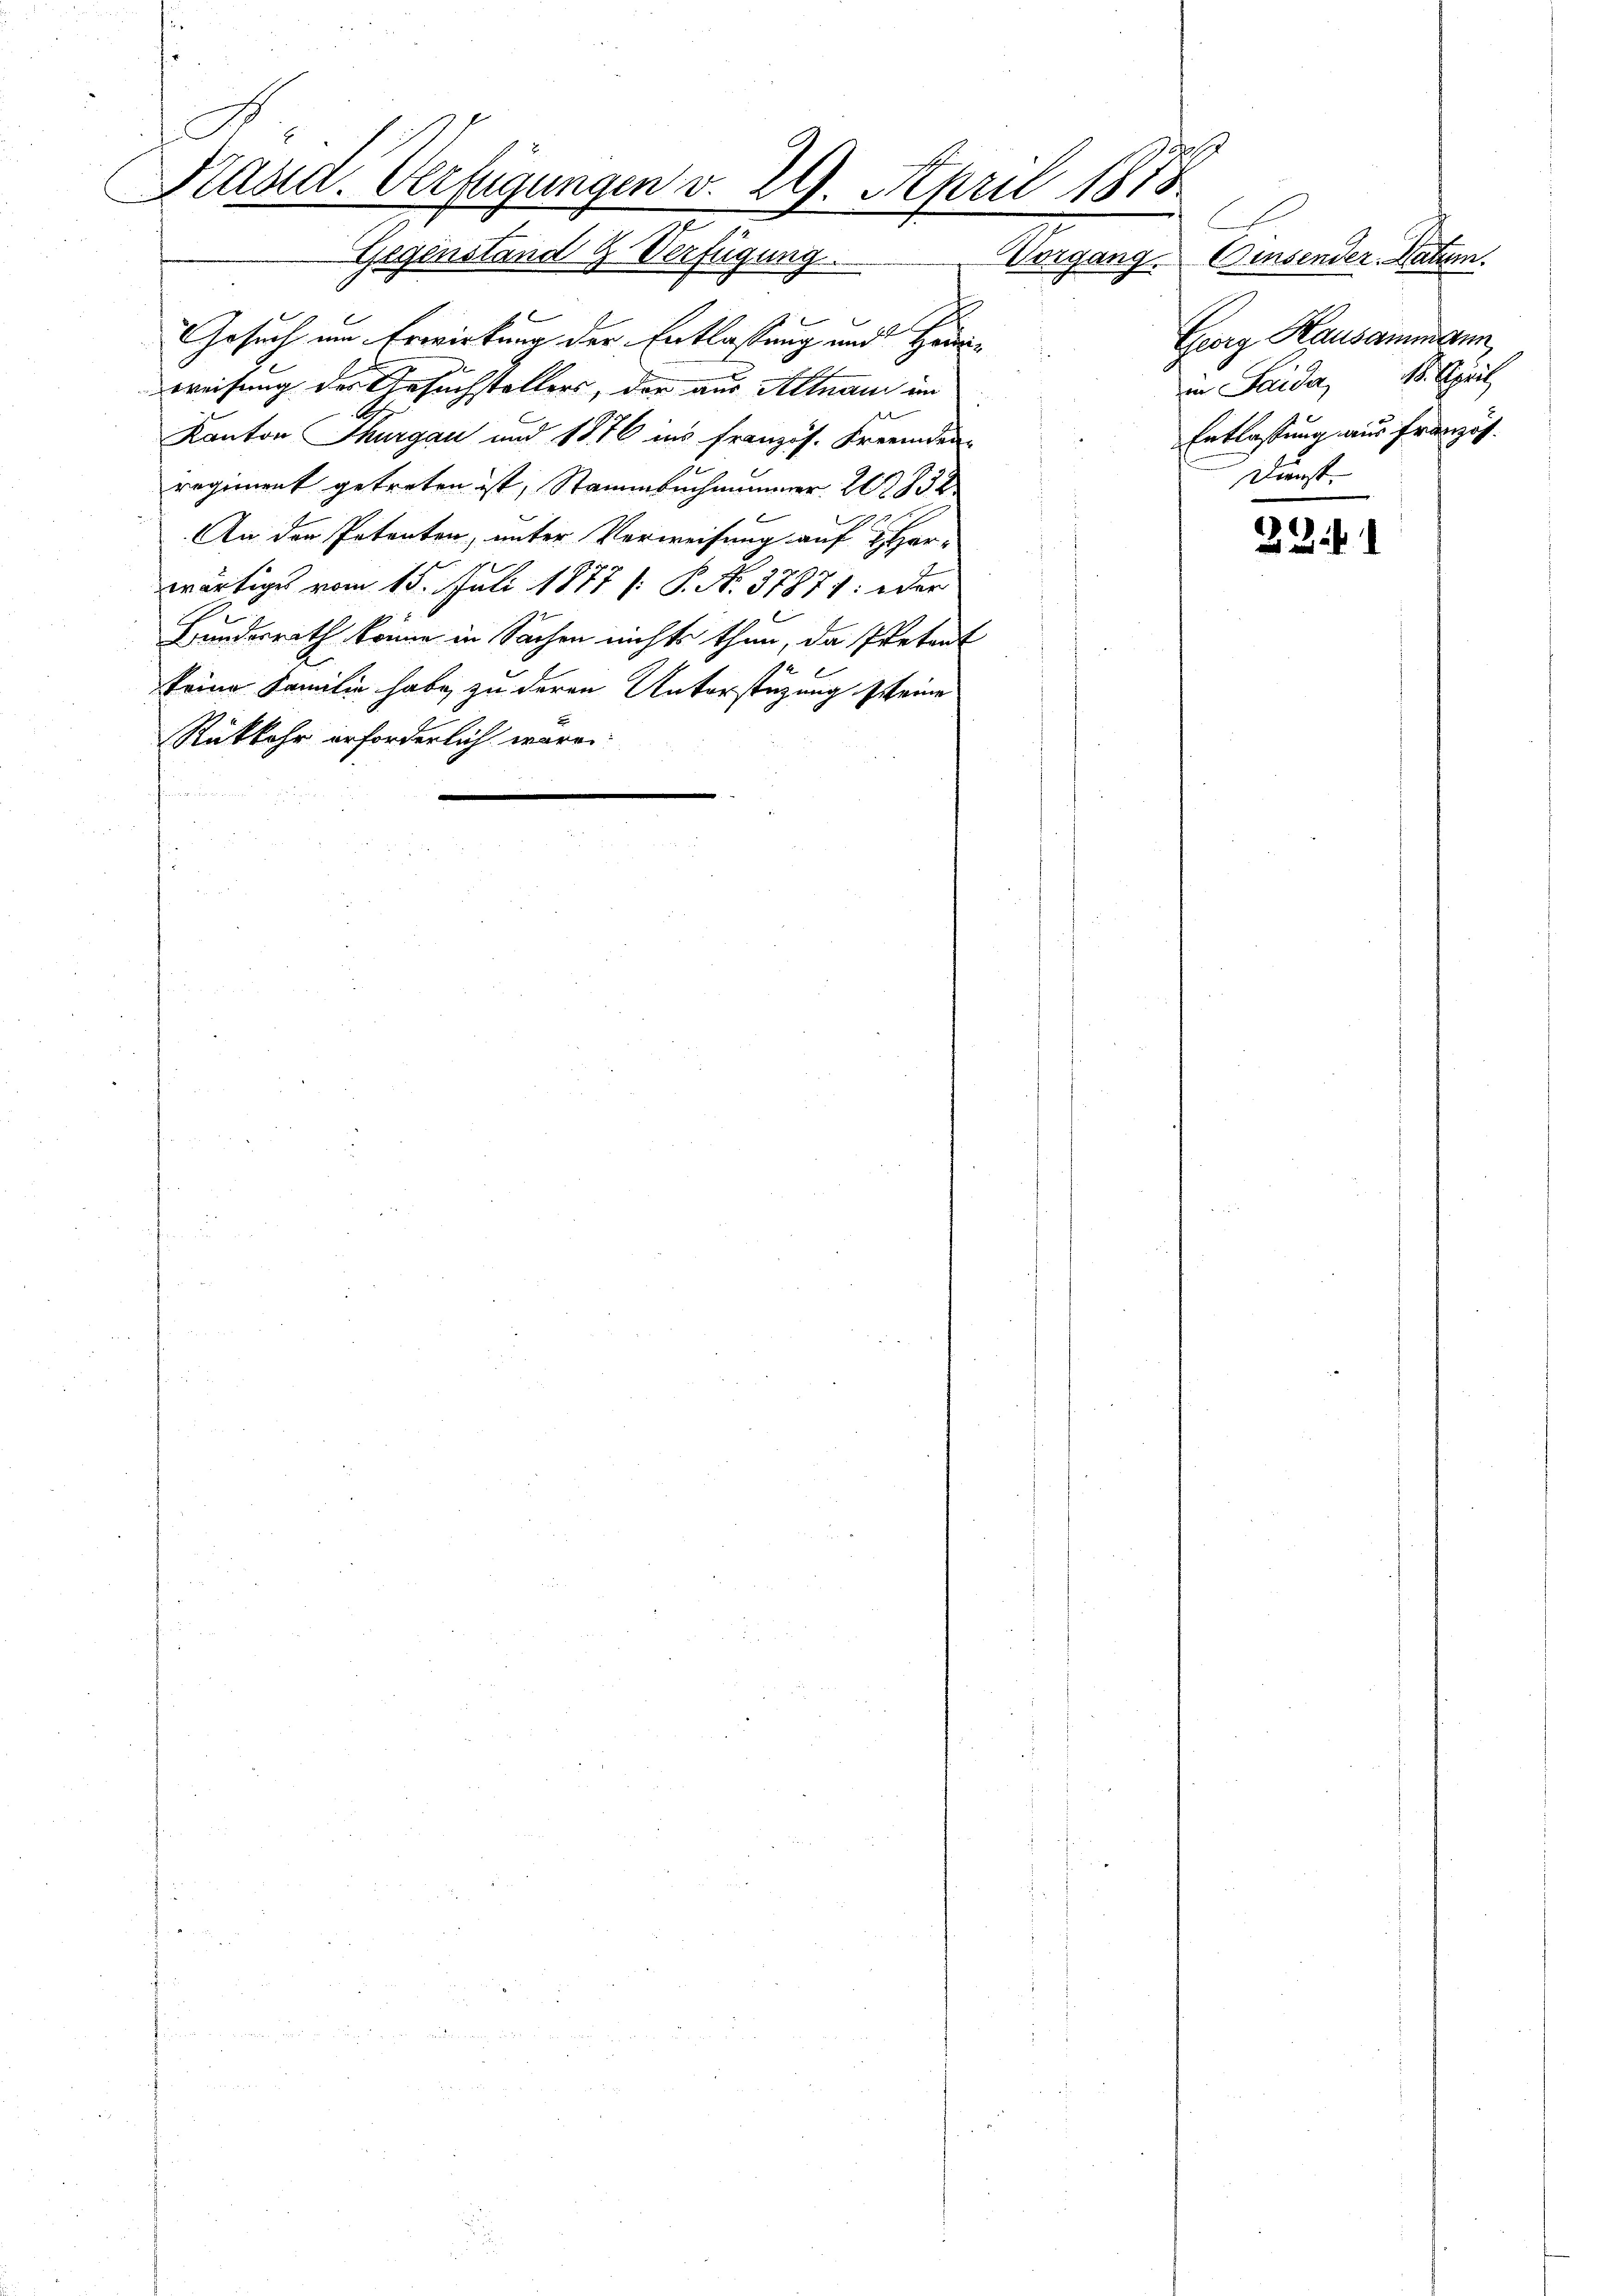
E
Stand. Verfügungen v. 29. April 1875
Gegenstand & Verfügung. Vorgang. Einsender Natum

.
Gesuch um Erwirkung der Entlassung und Heinweisung der Gesuchstellers, der aus Altnau im
Kanton Thurgau und 1876 ins Französ. Fremden
2
regiment getreten ist, Stammbachnammer 1832
An der Potenten, unter Verweisung auf Her-
 107
wärtiges vom 15. Juli 1811 [ P. No. 37871: oder
Bundesrath könne in Sachen nichts thun, da Pretirt
keine Familie habe zu deren Unterstüzung seine
Rükkehr erforderlich wäre

Georg Hausammann
in Faide, 18. April
Entlassung aus Französ.
Dienst.

22